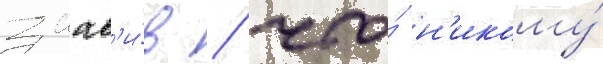
заав'и́в / что́ н'икому́